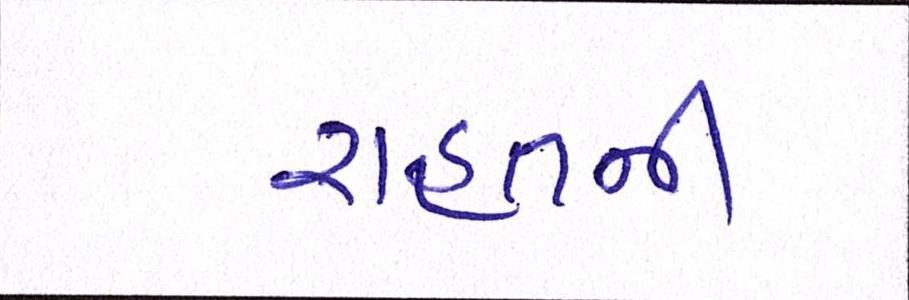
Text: રાહતની